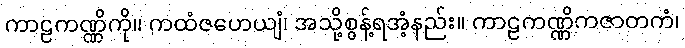
ကာဠကဏ္ဏိကို။ ကထံဇဟေယျံ၊ အသို့စွန့်ရအံ့နည်း။ ကာဠကဏ္ဏိကဇာတကံ၊